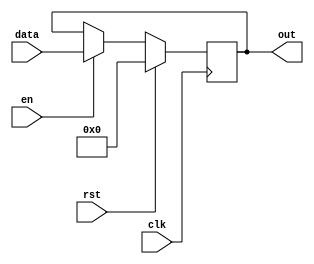
/*
   This file was generated automatically by the Mojo IDE version B1.3.6.
   Do not edit this file directly. Instead edit the original Lucid source.
   This is a temporary file and any changes made to it will be destroyed.
*/

module registerScore_5 (
    input clk,
    input en,
    input rst,
    input [4:0] data,
    output reg [4:0] out
  );
  
  
  
  reg [4:0] M_regs_d, M_regs_q = 1'h0;
  
  always @* begin
    M_regs_d = M_regs_q;
    
    if (en == 1'h1) begin
      M_regs_d = data;
    end else begin
      M_regs_d = M_regs_q;
    end
    out = M_regs_q;
  end
  
  always @(posedge clk) begin
    if (rst == 1'b1) begin
      M_regs_q <= 1'h0;
    end else begin
      M_regs_q <= M_regs_d;
    end
  end
  
endmodule